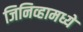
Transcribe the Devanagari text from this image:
जिनिव्हामध्ये